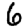
Digit: 6